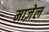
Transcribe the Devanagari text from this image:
माज़ेल